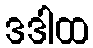
ဒဒါထ